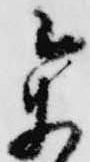
参